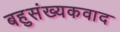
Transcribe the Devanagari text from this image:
बहुसंख्यकवाद